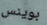
بوينس